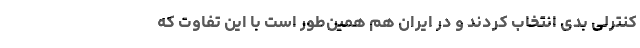
کنترلی بدی انتخاب کردند و در ایران هم همین‌طور است با این تفاوت که